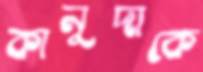
কানুদাকে